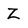
Character: Z